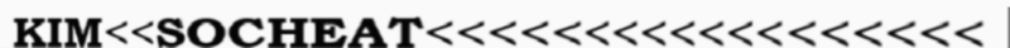
KIM<<SOCHEAT<<<<<<<<<<<<<<<<<<